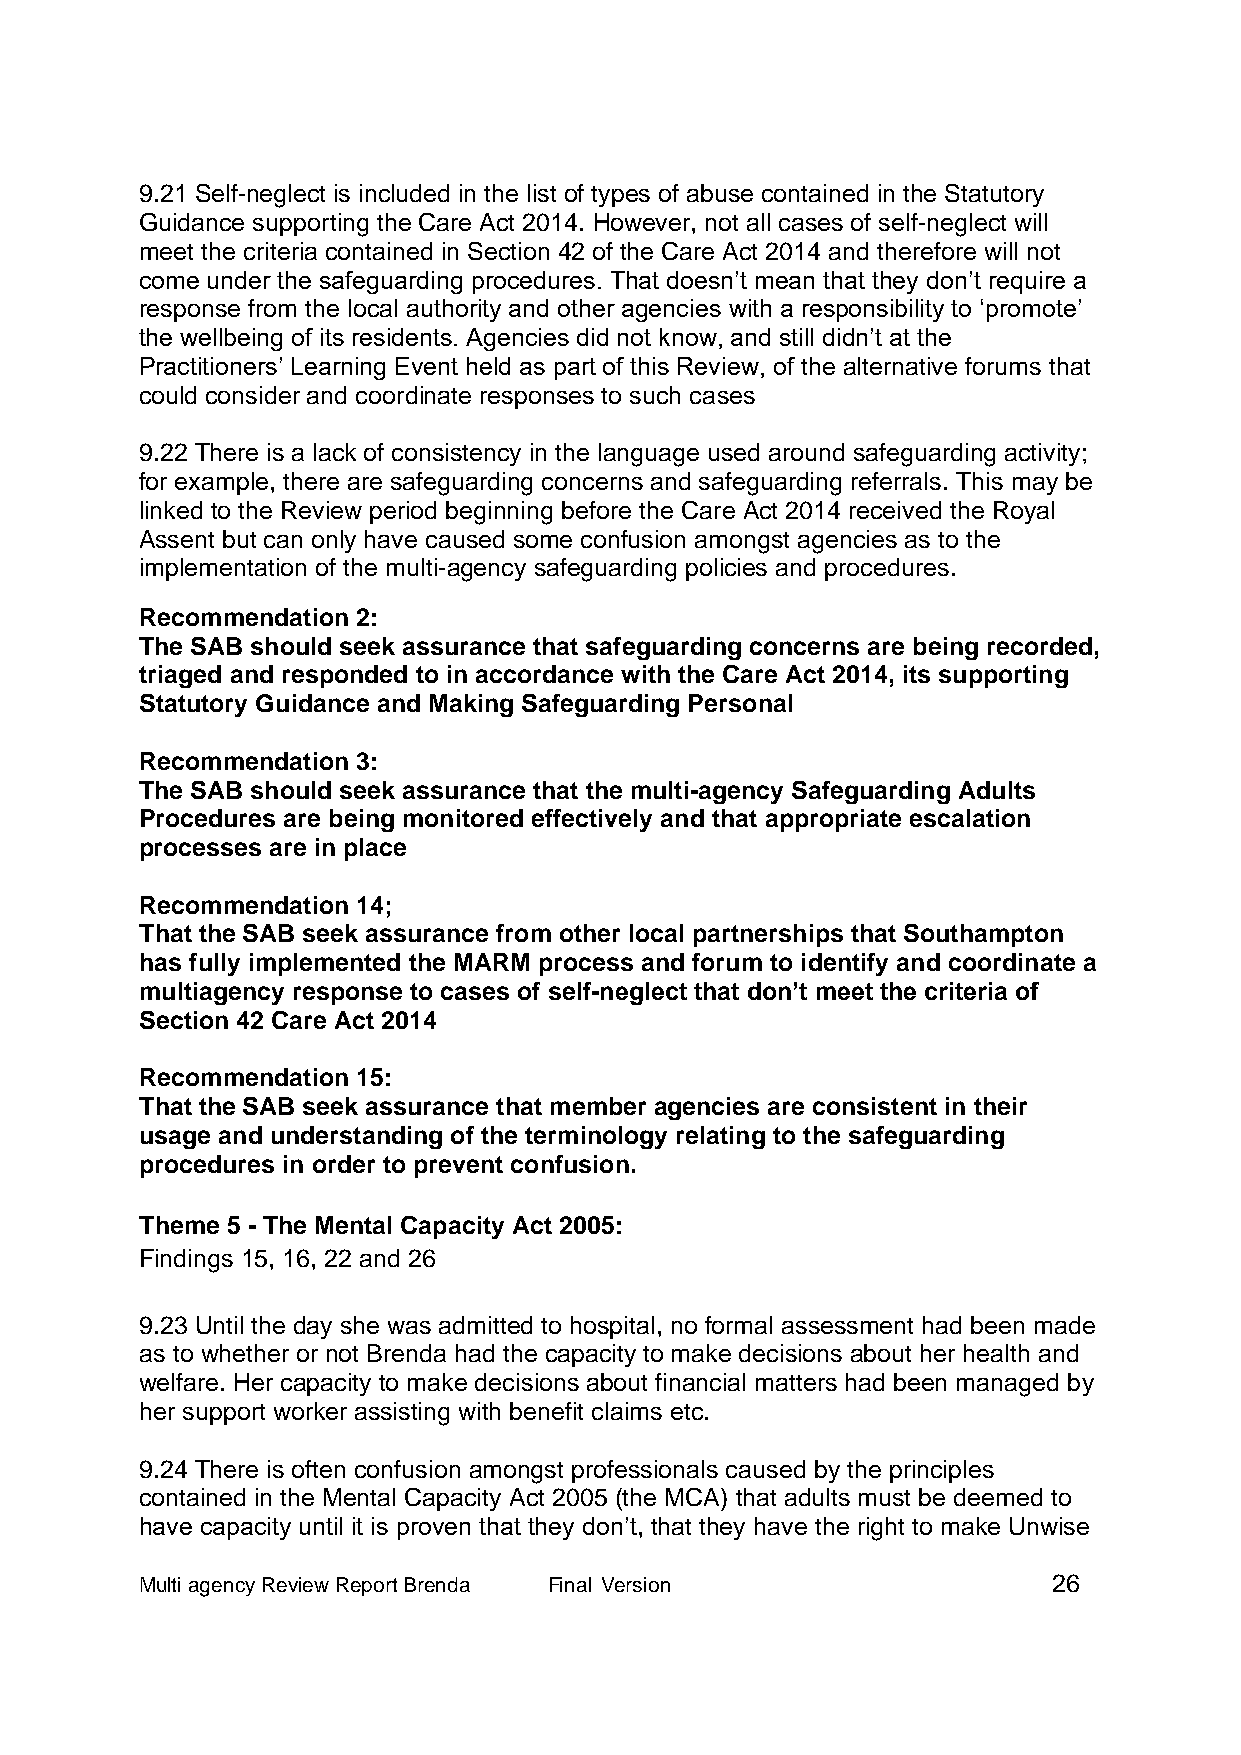
9.21 Self-neglect is included in the list of types of abuse contained in the Statutory
 Guidance supporting the Care Act 2014. However, not all cases of self-neglect will
 meet the criteria contained in Section 42 of the Care Act 2014 and therefore will not
 come under the safeguarding procedures. That doesn’t mean that they don’t require a
 response from the local authority and other agencies with a responsibility to ‘promote’
 the wellbeing of its residents. Agencies did not know, and still didn’t at the
 Practitioners’ Learning Event held as part of this Review, of the alternative forums that
 could consider and coordinate responses to such cases
 9.22 There is a lack of consistency in the language used around safeguarding activity;
 for example, there are safeguarding concerns and safeguarding referrals. This may be
 linked to the Review period beginning before the Care Act 2014 received the Royal
 Assent but can only have caused some confusion amongst agencies as to the
 implementation of the multi-agency safeguarding policies and procedures.
 Recommendation 2:
 The SAB should seek assurance that safeguarding concerns are being recorded,
 triaged and responded to in accordance with the Care Act 2014, its supporting
 Statutory Guidance and Making Safeguarding Personal
 Recommendation 3:
 The SAB should seek assurance that the multi-agency Safeguarding Adults
 Procedures are being monitored effectively and that appropriate escalation
 processes are in place
 Recommendation 14;
 That the SAB seek assurance from other local partnerships that Southampton
 has fully implemented the MARM process and forum to identify and coordinate a
 multiagency response to cases of self-neglect that don’t meet the criteria of
 Section 42 Care Act 2014
 Recommendation 15:
 That the SAB seek assurance that member agencies are consistent in their
 usage and understanding of the terminology relating to the safeguarding
 procedures in order to prevent confusion.
 Theme 5 - The Mental Capacity Act 2005:
 Findings 15, 16, 22 and 26
 9.23 Until the day she was admitted to hospital, no formal assessment had been made
 as to whether or not Brenda had the capacity to make decisions about her health and
 welfare. Her capacity to make decisions about financial matters had been managed by
 her support worker assisting with benefit claims etc.
 9.24 There is often confusion amongst professionals caused by the principles
 contained in the Mental Capacity Act 2005 (the MCA) that adults must be deemed to
 have capacity until it is proven that they don’t, that they have the right to make Unwise
 Multi agency Review Report Brenda Final Version              26